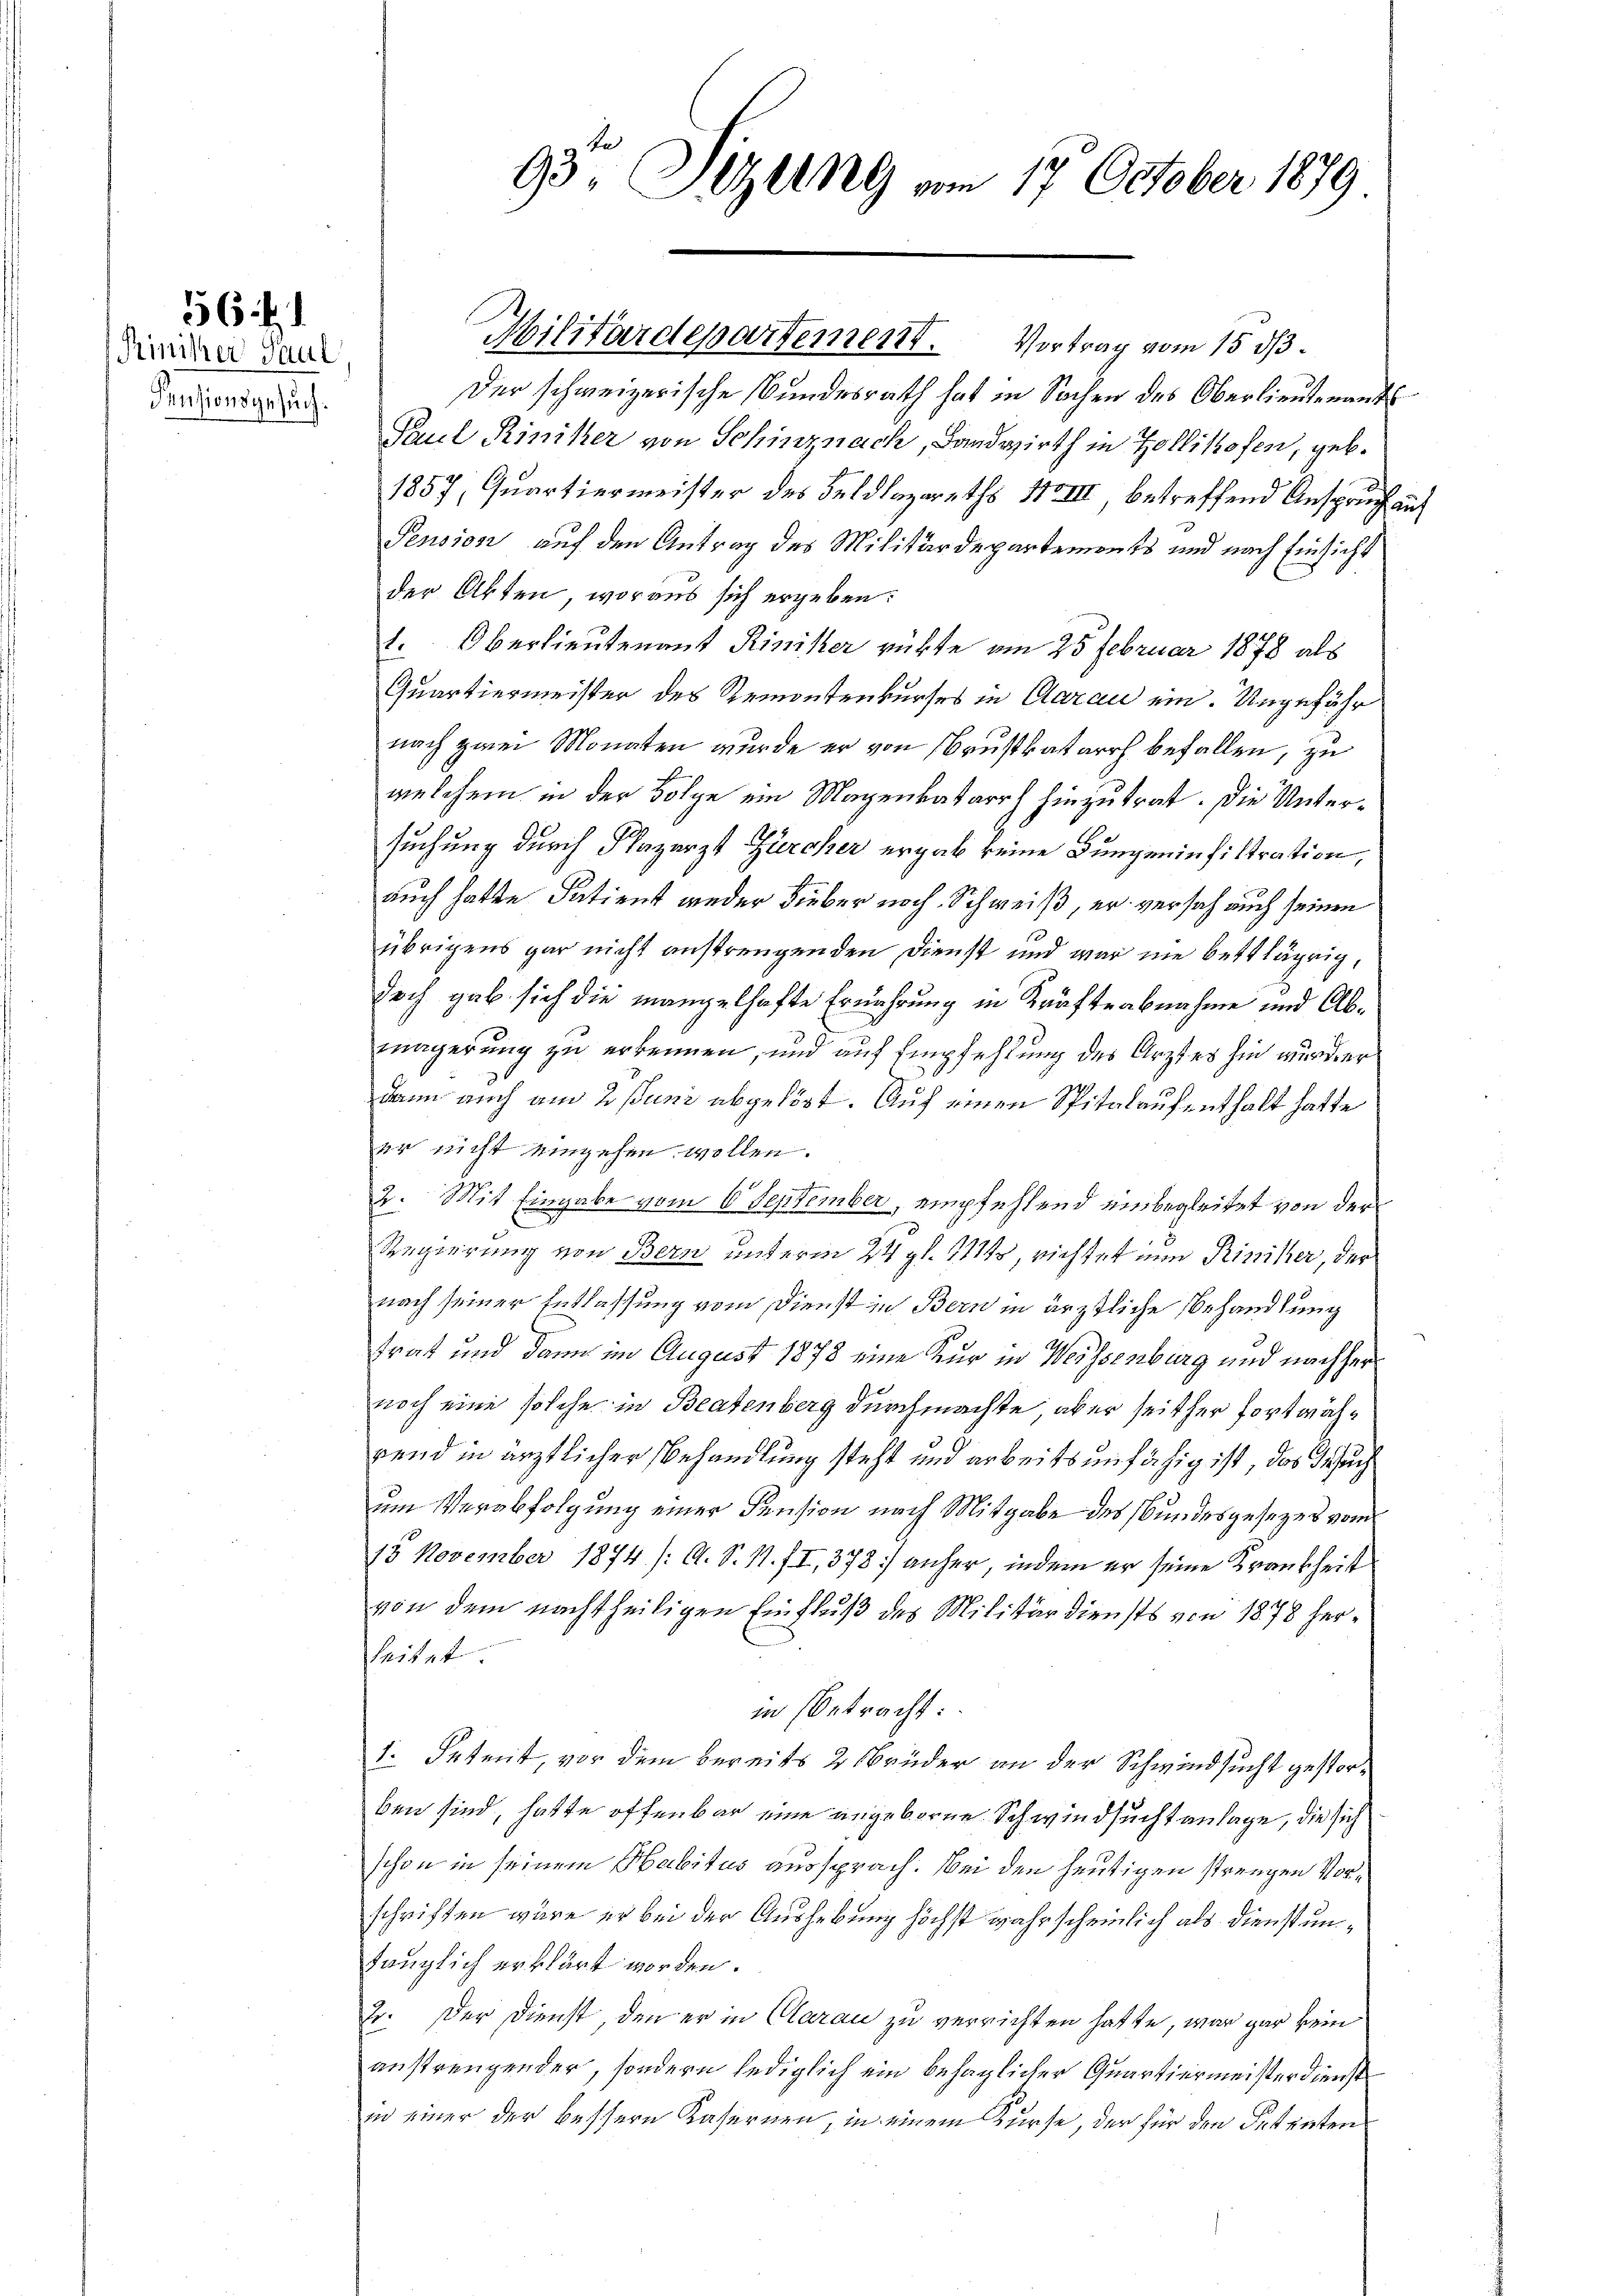
56.

Rinister Saul
Pensionsgesuch.

93. Sitzung am 17. October 1879

Der schweizerische Bundesrath hat in Sachen des Oberlieutenants
Paul Rinister von Schinznach, Bandwirth in Zollikofen, geb.
1857, Quartiermeister des Feldlazareths VIII betreffend Anspruch auf
Pension auf den Antrag des Militärdepartements und nach Einsicht
der Akten, woraus sich ergeben:
1. Oberlieutenant Riniker rükte am 25 Februar 1878 als
Quartiermeister des Remontenkurses in Clarau ein. Ungefähr
nach zwei Monaten wurde er von Brustkatarrh befallen, zu
welchem in der Folge ein Magenkatarrh hinzutrat. Die Untersuchung durch Plazarzt Zürcher ergab keine Lungeninfiltration,
auch hatte Satient weder Dieber noch Schweiß, er versah auch seinen
übrigens gar nicht anstrengenden Dienst und war nie bettlägrig,
doch gab sich die mangelhafte Ernährung in Kräfteabnahme und Abmägerung zu erkennen, und auf Empfehlung des Arztes hin wurder
dann auch am 2. Juni abgelöst. Auf einen Spitalaufenthalt hatte
er nicht einzehen wollen.
x
2. Mit Eingabe vom 6 September, empfehlend einbegleitet von der
Regierung von Bern unterm 24. gl. 114, richtet nun Riniker, der
nach seiner Entlassung vom Dienst in Bern in ärztliche Behandlung
trat und dann im August 1878 eine Kur in Weissenburg und nachher
noch eine solche in Beatenberg durchmachte aber seither fortwährend in ärztlicher Behandlung steht und arbeitsunfähig ist, das Gesuch
um Verabfolgung einer Pension nach Mitgabe des Bundesgesezes vom
15 November 1874. /: A. S. N. II, 378 anher, indem er seine Krankheit
von dem nachtheiligen Einfluß des Militärdiensts von 1878 herleitet.
in (betracht
1. Setmit, vor dem bereits 2 Brüder an der Schwindsucht gestorben sind, hatte offenbar eine angeborene Schwindsucht anlage, die sich
schon in seinem Habitus aussprach. Bei den heutigen strengen Vorschriften wäre er bei der Aushebung höchst wahrscheinlich als Dienstuntänglich erklärt worden.
2. Der Dienst, den er in Clarau zu verrichten hatte, war gar kein
anstrengender, sondern lediglich ein behaglicher Quartiermeisterdienst
in einer der bessern Kasernen, in einem Kurse, der für den Petensten

Militärdepartement. Vortrag vom 15. ds.